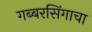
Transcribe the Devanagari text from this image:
गब्बरसिंगाचा